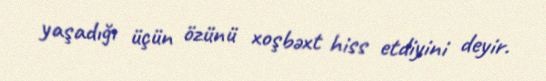
yaşadığı üçün özünü xoşbəxt hiss etdiyini deyir.